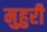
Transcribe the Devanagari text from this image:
मुहुरी